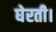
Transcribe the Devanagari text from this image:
घेरती।